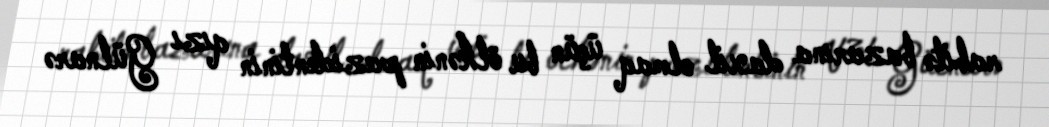
rabitə bazarına daxil olmaq üçün bu ölkənin prezidentinin qızı Gülnarə